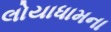
લોયાધામના